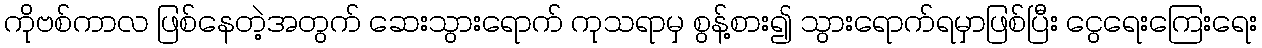
ကိုဗစ်ကာလ ဖြစ်နေတဲ့အတွက် ဆေးသွားရောက် ကုသရာမှ စွန့်စား၍ သွားရောက်ရမှာဖြစ်ပြီး ငွေရေးကြေးရေး